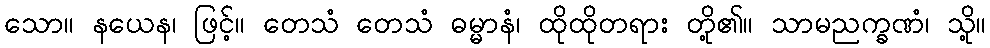
သော။ နယေန၊ ဖြင့်။ တေသံ တေသံ ဓမ္မာနံ၊ ထိုထိုတရား တို့၏။ သာမညက္ခဏံ၊ သို့။